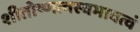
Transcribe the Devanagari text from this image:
शीतोष्णत्वस्वभावत्वं